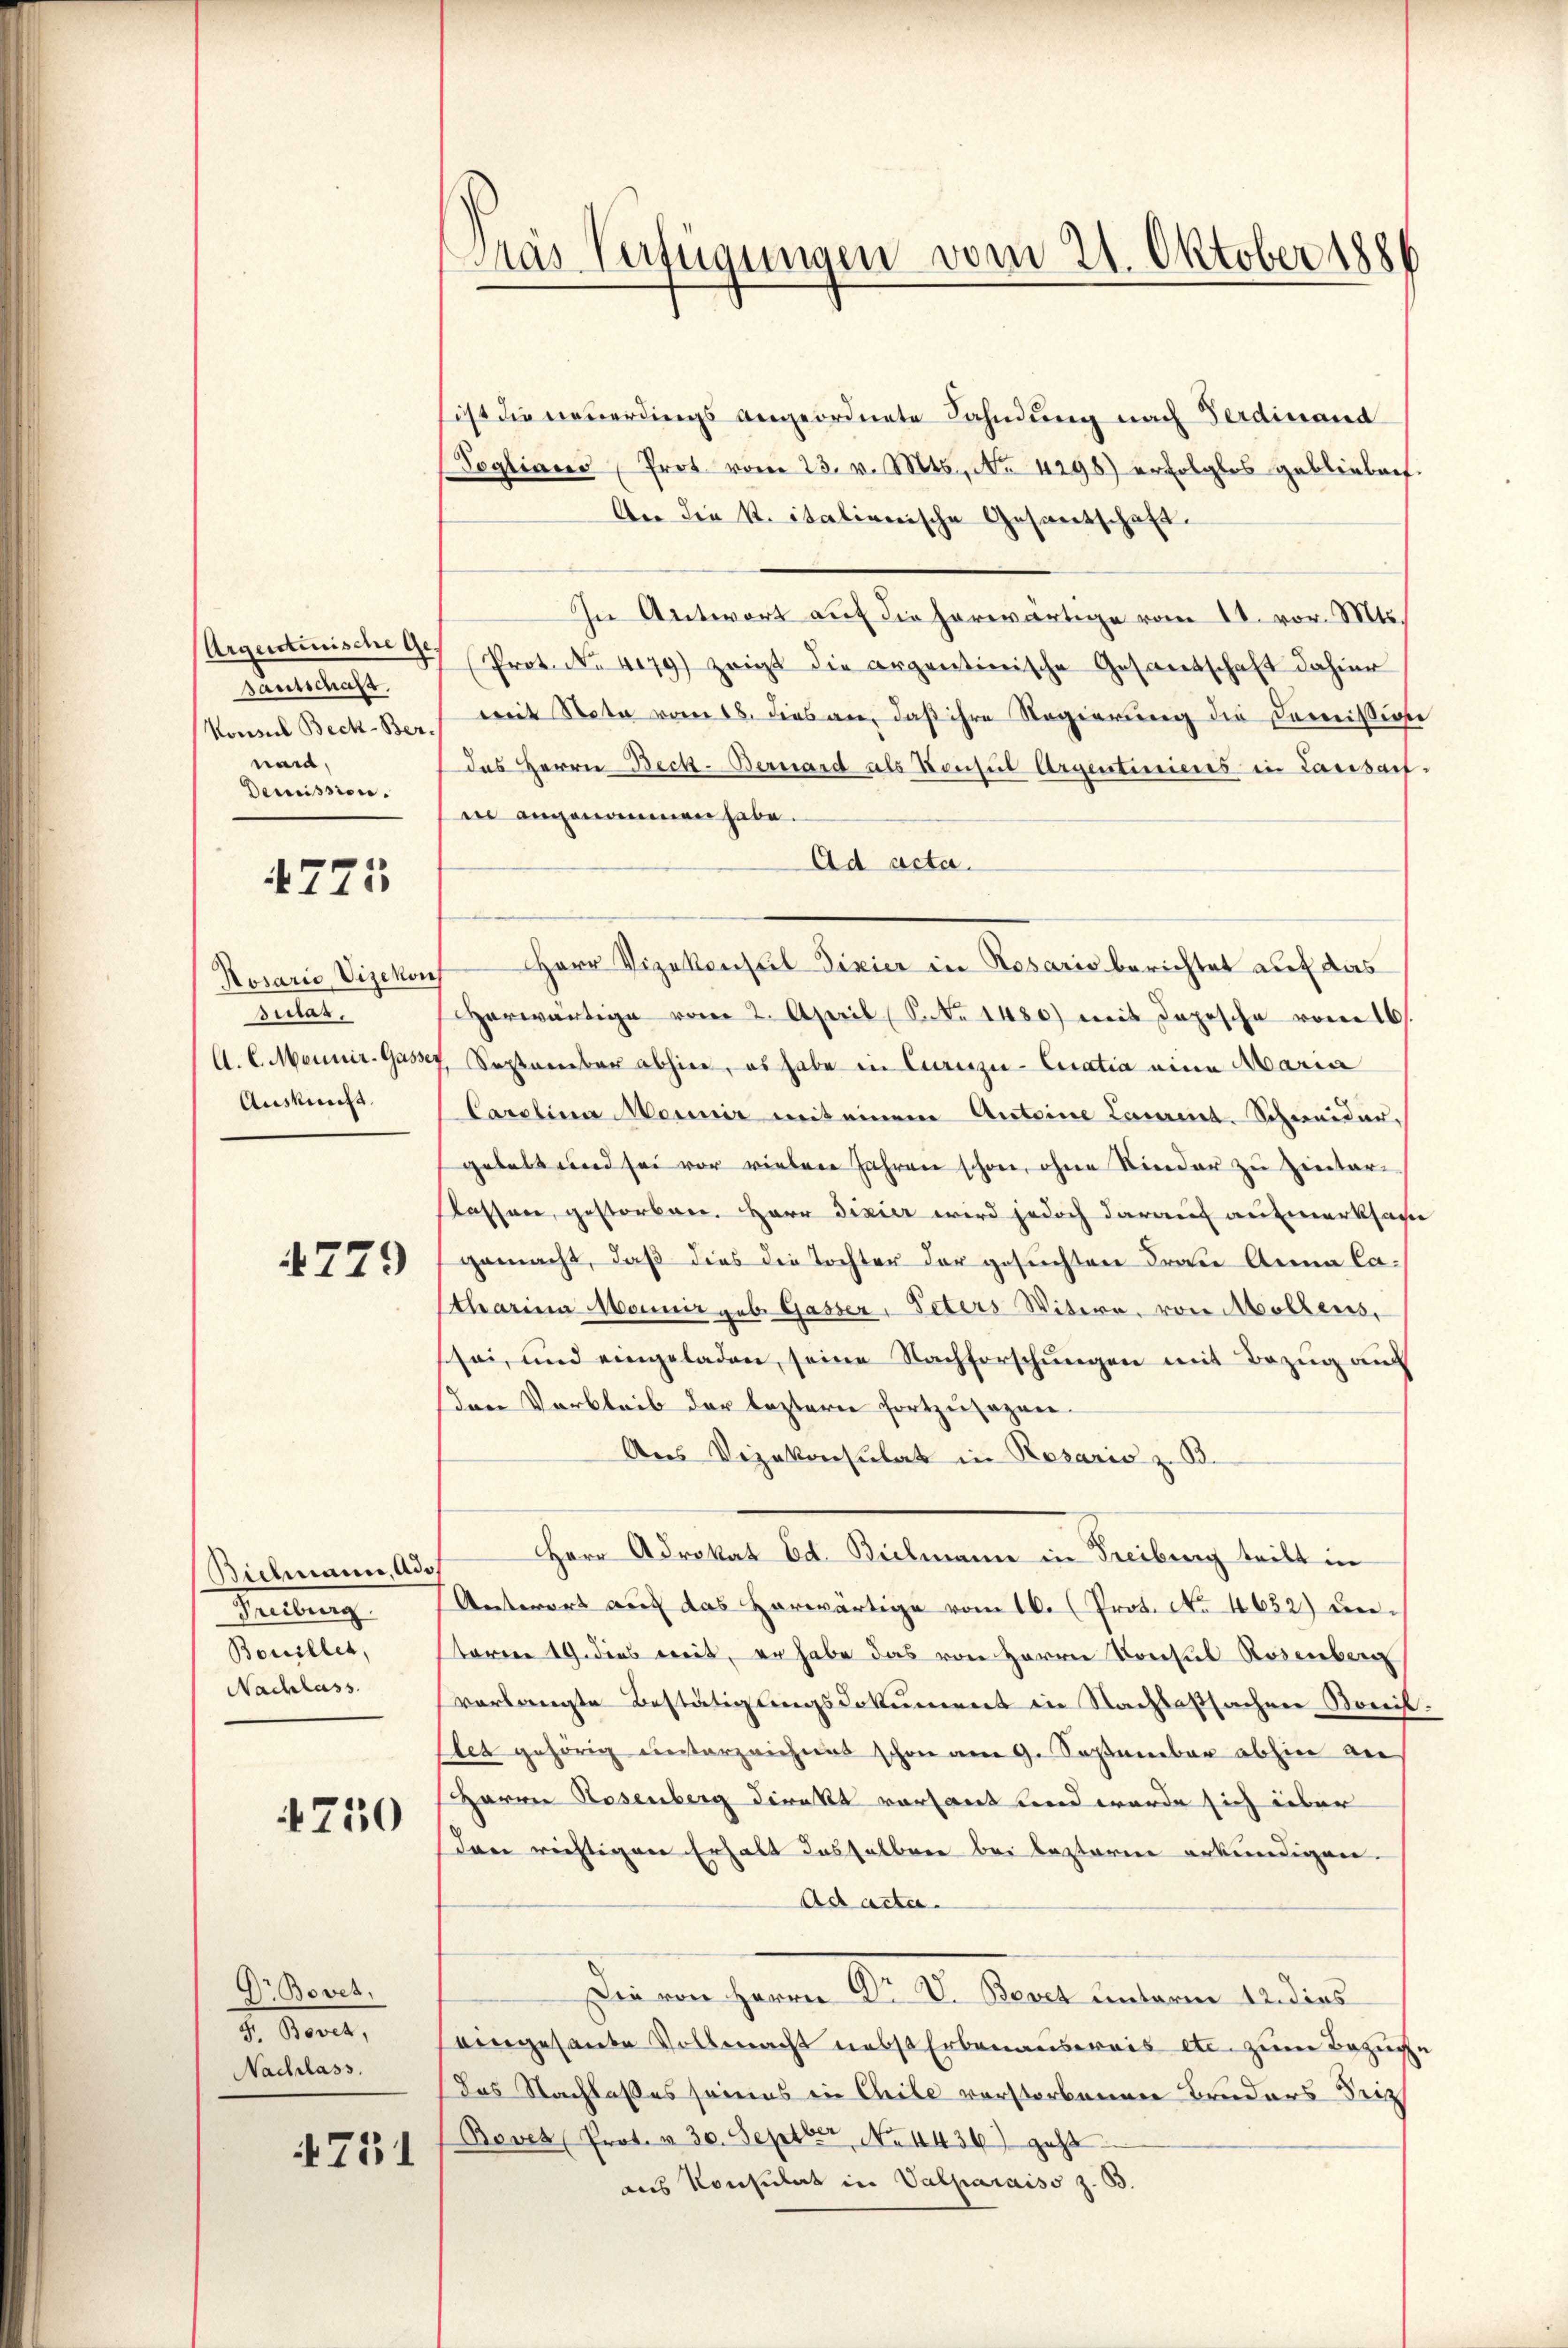
Argentirische Ge¬
Gautschaft.
Konsul Beck-Bernam,
Demission.

4775

Rosario Vizekon
sulat,
A. E. Meiner-Gasse
Auskunft.

4779

Bielmann, Ade
Teilung
Bouillet,
Nachlass

4750

Dr Bovet,
F. Bovet,
Nachlass.

751

Gras Verfügungen vom 21. Oktober 1886

ist die neuerdings angeordnete Fahndung nach Ferdinand
Soglians Prot vom 23. v. Mts., No 4298) erfolglos geblieben
An die K. italienische Gesantschaft.
In Antwort auf die herwärtige vom 18. vor. Mts.
Prot. No 479) zeigt die argentinische Gesandschaft dahier
mit Rata vom 18. dies an, daß ihre Regierŭng die Demissione
das Herrn Beck-Bernard als Konsul Argentiniens in Lassauf-
in angenommen habe.
Ad acta.
Herr Vizekonsul Fixier in Rosario berichtet auf das
Herwärtige vom 2. April (Secke 1480) mit dopische vom 16.
September abhier, es habe in Curiizie- Curatia eine Maria
Carolina Meiner mit einem Anteine Lenart-Schneider,
gebatt und sei vor vielen Jahren schon, ohne Kinder zu Zitar-
Kassen, gestorben. Herr Fixier wird jedoch darauf aufmerksam
gemacht, daß dies die Tochter der gesuchten Frau Anna Catharina Monnir geb. Gasser, Peters Witwe, von Mollens,
sei, und eingeladen, seine Nachforschungen mit Bezug auf
den Verbleib der leztern fortzusagen.
Aus Vizekonsulat in Rosaris z. B.
Herr Adrokat Ed. Bielmann in Freiburg teilt in
Unterert auf das Horwärtige vom 16. (Prot. No. 4632) untarren 19. dies weit, er habe das von Herrn Konsul Rosenberg
vorlangte Bestätigungsdokument in Nachlafsachen Bonis.
let gehörig unterzeichnet schon am 9. September abhin an
Herrn Rosenberg direkt versant und werde sich über
dann richtigen Erhalt dasselben bei besteren urkundigen.
Ad acta.
Die von herrn Dr. D. Regel einterm Audiens
eingesante Vollmacht nebst Erbenausreis etc. zum Bezuge
das Nachlaßes seines in Chile vorstorbenen Bruders Seith
Bovet (Prot. & 30. Septber No. 4436) geht
aus Konsulat in Valparaiso z. B.